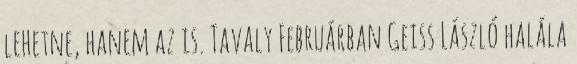
lehetne, hanem az is. Tavaly Februárban Geiss László halála